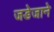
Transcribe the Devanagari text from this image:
जडेजाने